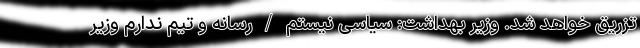
تزریق خواهد شد. وزیر بهداشت: سیاسی نیستم / رسانه و تیم ندارم وزیر